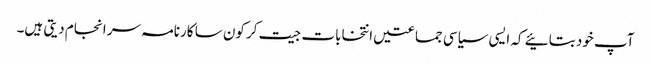
آپ خود بتائیے کہ ایسی سیاسی جماعتیں انتخابات جیت کر کون سا کارنامہ سر انجام دیتی ہیں۔